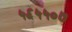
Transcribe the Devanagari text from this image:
५६५५०७